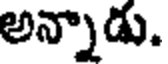
అన్నాడు.